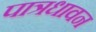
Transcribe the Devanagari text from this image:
पात्रधावन